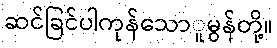
ဆင်ခြင်ပါကုန်သောူမွန်တို့။